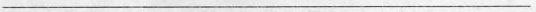
___